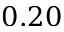
0 . 2 0